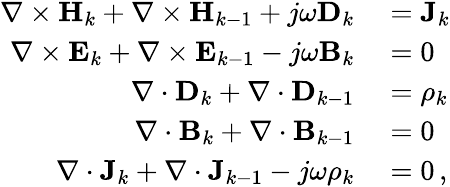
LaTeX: \begin{array}{rl}{\nabla\times\mathbf{H}_{k}+\nabla\times\mathbf{H}_{k-1}+j\omega\mathbf{D}_{k}}&{{}=\mathbf{J}_{k}}\\ {\nabla\times\mathbf{E}_{k}+\nabla\times\mathbf{E}_{k-1}-j\omega\mathbf{B}_{k}}&{{}=0}\\ {\nabla\cdot\mathbf{D}_{k}+\nabla\cdot\mathbf{D}_{k-1}}&{{}=\rho_{k}}\\ {\nabla\cdot\mathbf{B}_{k}+\nabla\cdot\mathbf{B}_{k-1}}&{{}=0}\\ {\nabla\cdot\mathbf{J}_{k}+\nabla\cdot\mathbf{J}_{k-1}-j\omega\rho_{k}}&{{}=0\, ,}\end{array}